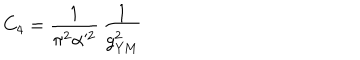
C _ { 4 } = \frac { 1 } { \pi ^ { 2 } \alpha ^ { 2 } } \, \frac { 1 } { g _ { \mathrm { Y M } } ^ { 2 } }